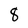
Character: 8